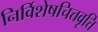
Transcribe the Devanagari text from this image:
निर्विशेषचित्तवृत्ति